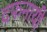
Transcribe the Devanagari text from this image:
दफनायी